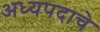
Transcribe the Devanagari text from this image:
अध्यपदाचे